NAE_ERA_R-2632_ENSV_TA_Emakeele_Selts_1945-1955, lk 10
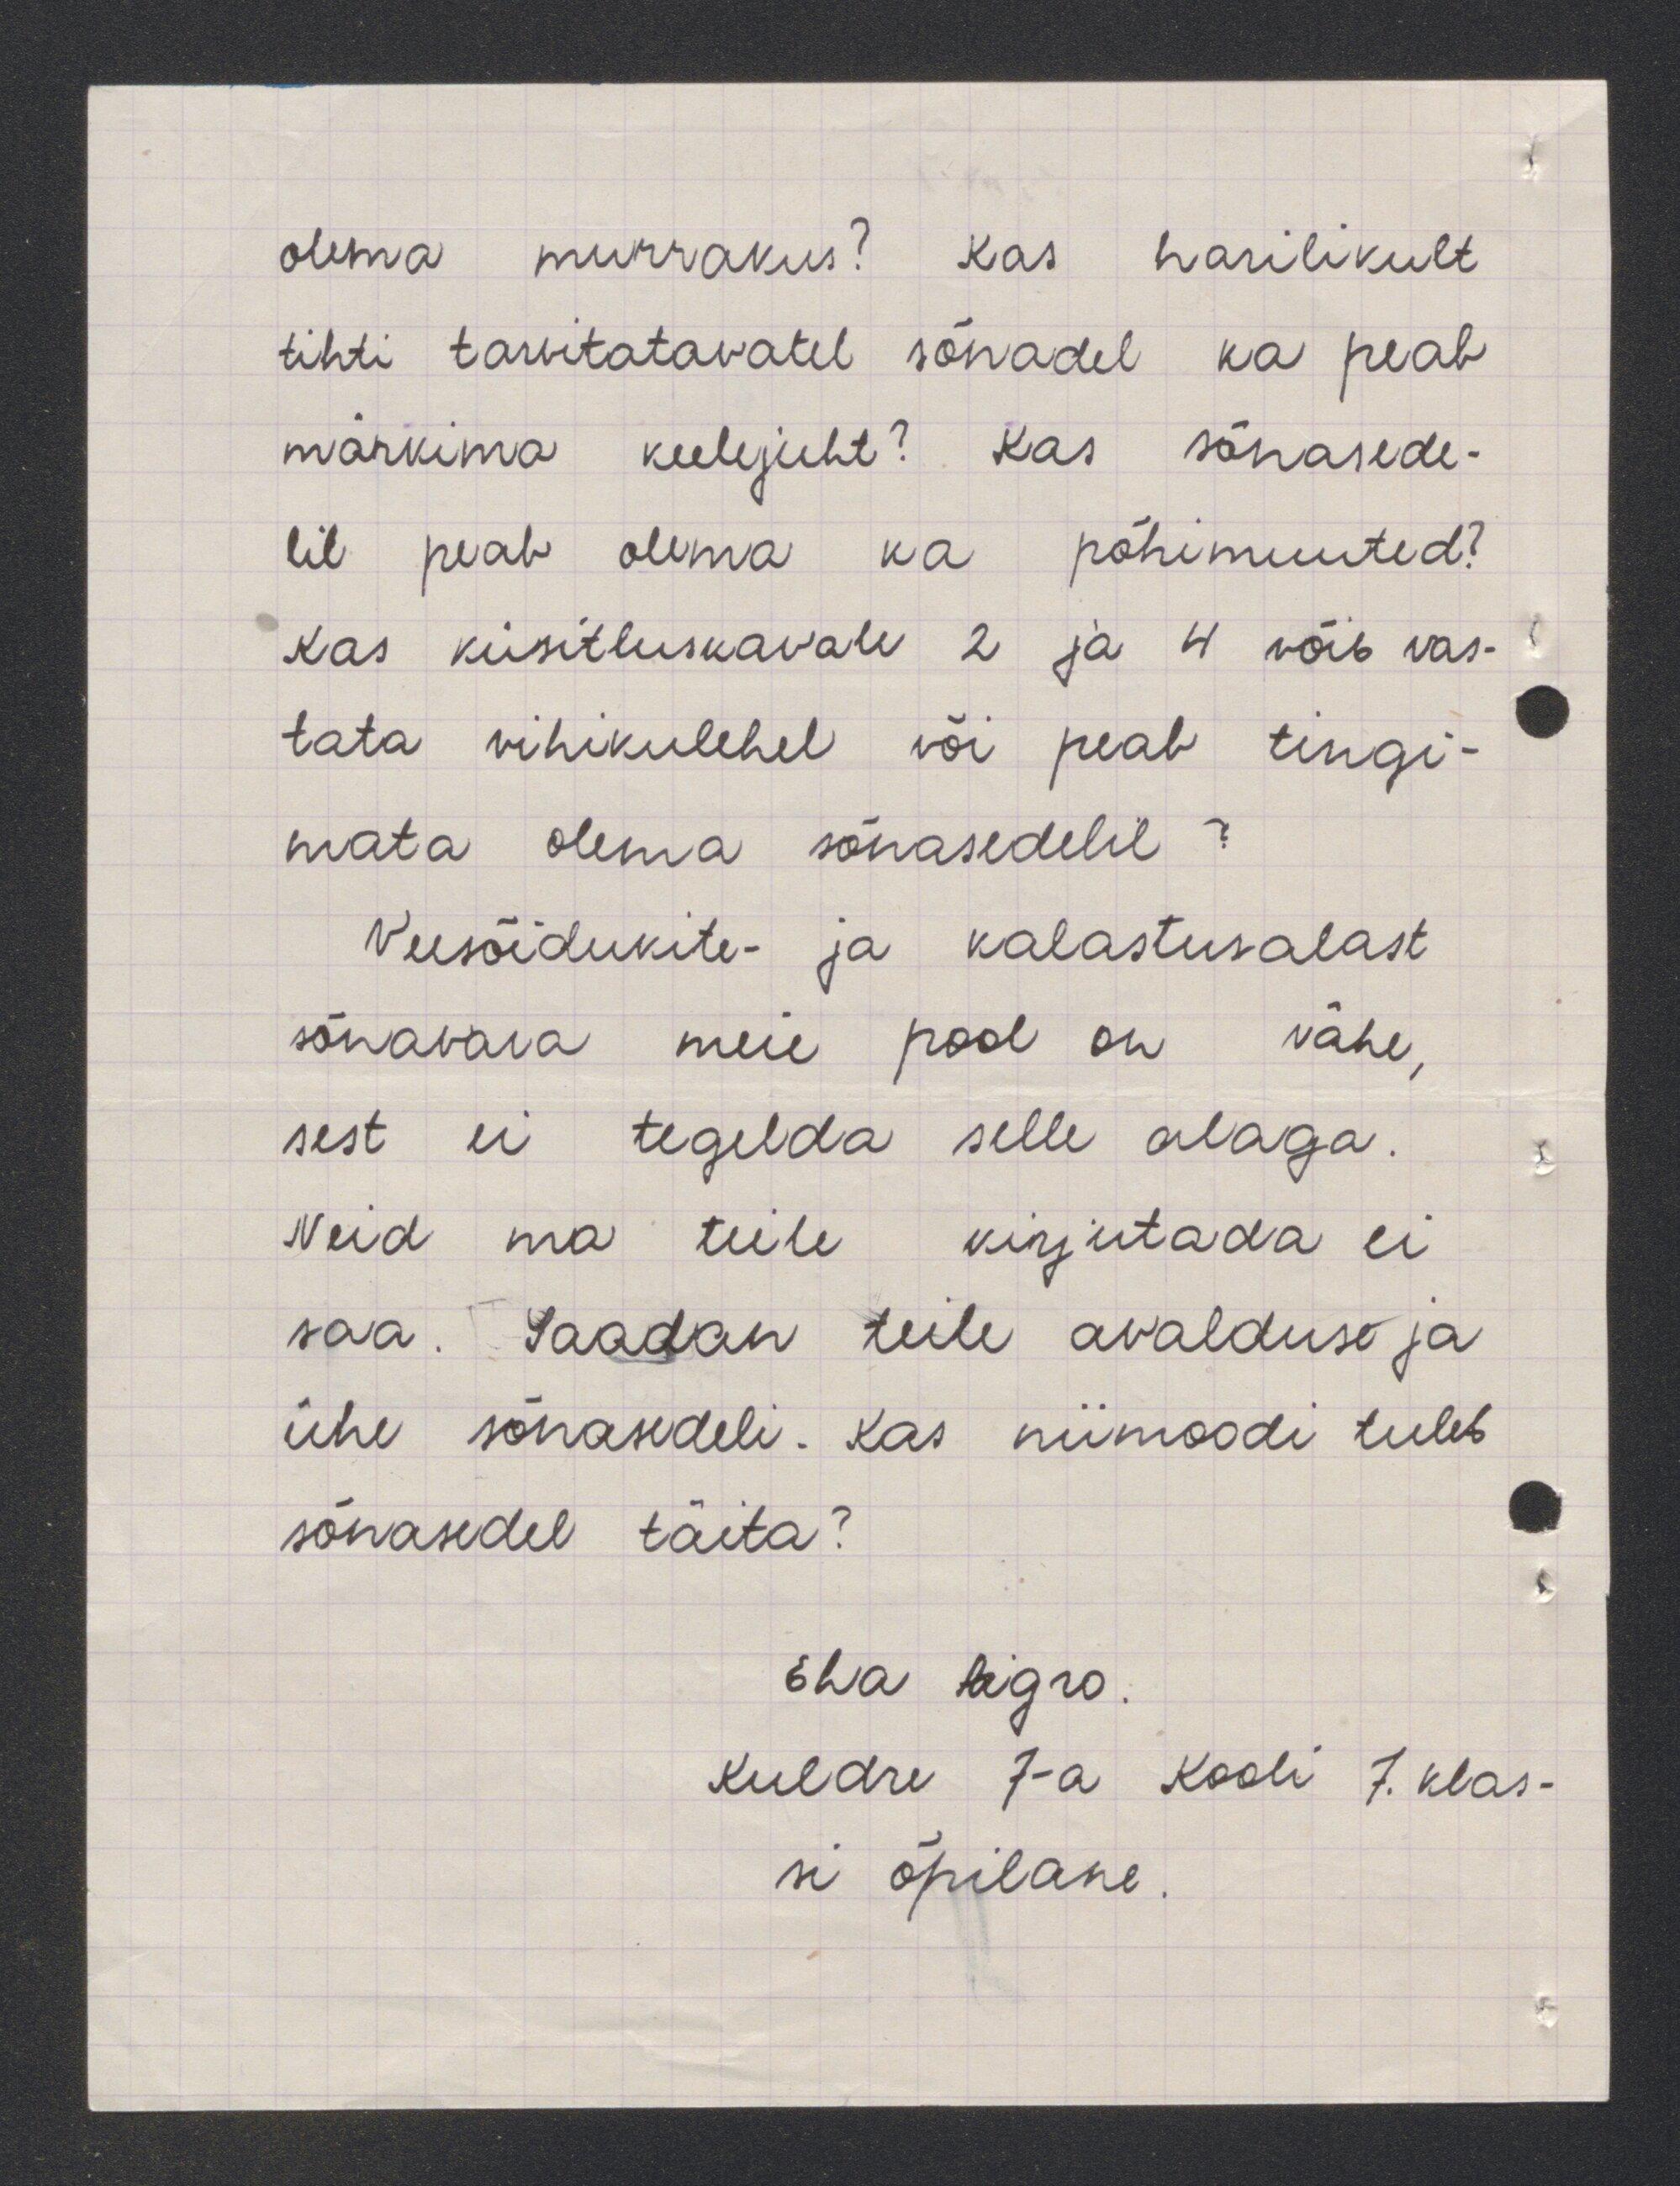
olema murrakus? Kas harilikult
tihti tarvitatavatel sõnadel ka peab
märkima keelejuht? Kas sõnasede-
lil peab olema ka põhimuuted?
Kas küsitluskavale 2 ja 4 võib vas-
tata vihikulehel või peab tingi
mata olema sõnasedelil
Veesõidukite- ja kalastusalast
sõnavara meie pool on vähe
sest ei tegelda selle alaga.
Neid ma teile kirjutada ei
saa. Saadan teile avalduse ja
ühe sõnasedeli. Kas niimoodi tuleb
sõnasedel täita?
Eha Paigro
Kuldre 7-a Kooli 7. klas-
si õpilane